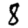
Digit: 8